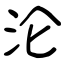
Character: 沦